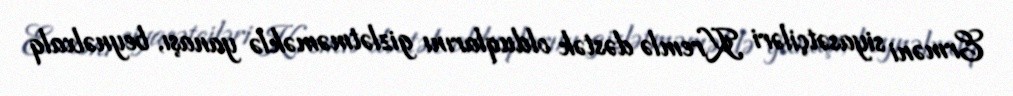
Erməni siyasətçiləri Kremlə dəstək olduqlarını gizlətməməklə yanaşı, beynəlxalq